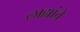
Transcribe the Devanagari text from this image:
लाह्यांचे